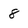
Character: 8